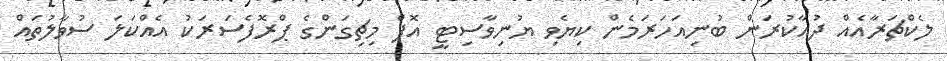
ލެކްޗަރާއެއް ދުއާކުރަން ބުނިއަހަރަމެން ކިޔެވި ޔުނިވާސިޓީ އޮފް މިޗިގަންގެ ޕްރޮފެސަރަކު އެއްކަލަ ސުވާލުތައް